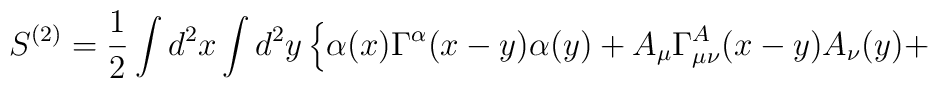
S^{(2)} = \frac{1}{2} \int d^2 x \int d^2 y \left\{  \alpha (x) \Gamma^{\alpha} (x-y)\alpha (y) +  A_{\mu} \Gamma^{A}_{\mu \nu} (x-y) A_{\nu} (y) + \right.